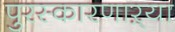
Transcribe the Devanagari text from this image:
पुरस्कारणाऱ्या